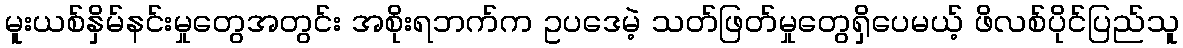
မူးယစ်နှိမ်နင်းမှုတွေအတွင်း အစိုးရဘက်က ဥပဒေမဲ့ သတ်ဖြတ်မှုတွေရှိပေမယ့် ဖိလစ်ပိုင်ပြည်သူ